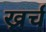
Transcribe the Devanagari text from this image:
ख्रर्च